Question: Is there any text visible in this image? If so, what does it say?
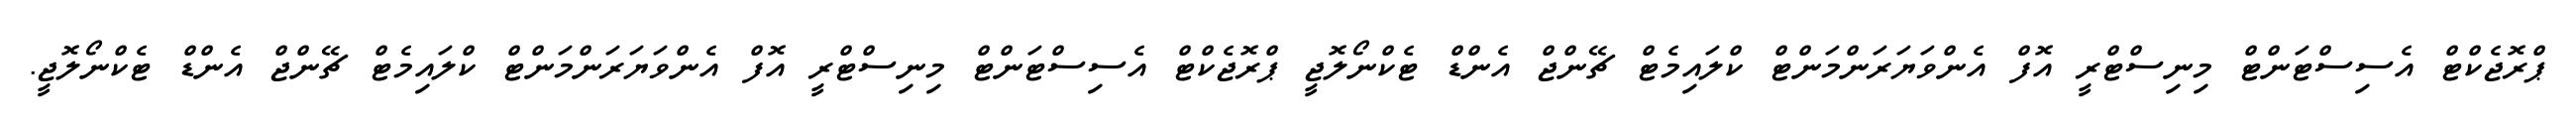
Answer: ޕްރޮޖެކްޓް އެސިސްޓަންޓް މިނިސްޓްރީ އޮފް އެންވަޔަރަންމަންޓް ކްލައިމެޓް ޗޭންޖް އެންޑް ޓެކްނޯލޮޖީ ޕްރޮޖެކްޓް އެސިސްޓަންޓް މިނިސްޓްރީ އޮފް އެންވަޔަރަންމަންޓް ކްލައިމެޓް ޗޭންޖް އެންޑް ޓެކްނޯލޮޖީ.